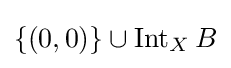
\{(0,0)\}\cup \operatorname {Int} _{X}B